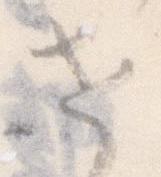
せ